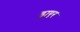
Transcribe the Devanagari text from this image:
ड्राएर